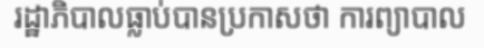
រដ្ឋាភិបាលធ្លាប់បានប្រកាសថា ការព្យាបាល